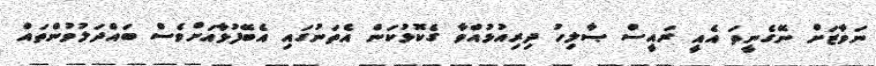
ނަވާޒަށް ނޭގެނީތަ އެއީ ރައީސް ޞާލިހު ދިރިއުޅުއްވާ ގެކޮޅުކަން އެތަނުގައި އެބޭފުޅާއަށްވެސް ބައްދަލުވުންތައް